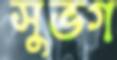
সুভগ